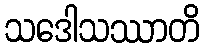
သဒေါသဿာတိ